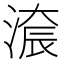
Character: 𣺚